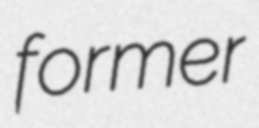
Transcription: former